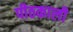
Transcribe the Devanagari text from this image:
पीठकाली